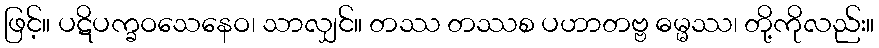
ဖြင့်။ ပဋိပက္ခဝသေနေဝ၊ သာလျှင်။ တဿ တဿစ ပဟာတဗ္ဗ ဓမ္မဿ၊ တို့ကိုလည်း။